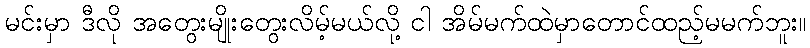
မင်းမှာ ဒီလို အတွေးမျိုးတွေးလိမ့်မယ်လို့ ငါ အိမ်မက်ထဲမှာတောင်ထည့်မမက်ဘူး။